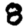
Digit: 8